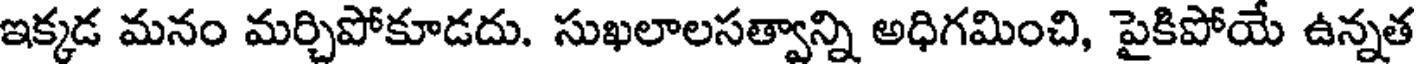
ఇక్కడ మనం మర్చిపోకూడదు. సుఖలాలసత్వాన్ని అధిగమించి, పైకిపోయే ఉన్నత